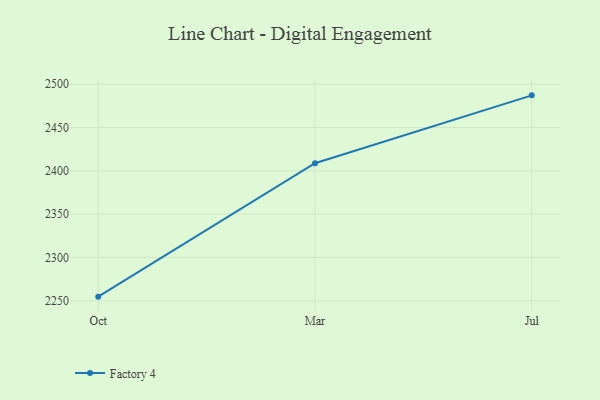
{"axis": {"x": "Month", "y": "Latency (ms)"}, "legend": ["Factory 4"], "data": [{"x": "Oct", "y": 2254.8, "type": "Factory 4"}, {"x": "Mar", "y": 2408.8, "type": "Factory 4"}, {"x": "Jul", "y": 2487.1, "type": "Factory 4"}]}